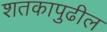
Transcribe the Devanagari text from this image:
शतकापुढील